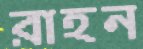
রাহন